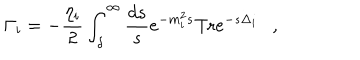
\Gamma _ { i } = - { \frac { \eta _ { i } } { 2 } } \int _ { \delta } ^ { \infty } { \frac { d s } { s } } e ^ { - m _ { i } ^ { 2 } s } \mathrm { T r } e ^ { - s \Delta _ { i } } ,